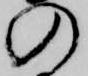
の